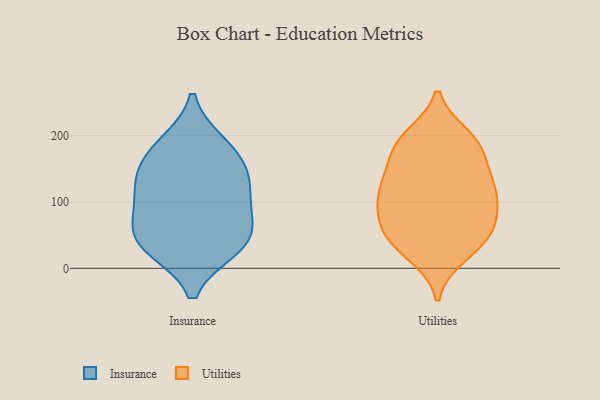
{"axis": {"x": "Gross Profit (USD K)", "y": "Value"}, "legend": ["Insurance", "Utilities"], "data": [{"x": "", "y": 174, "type": "Insurance"}, {"x": "", "y": 186, "type": "Insurance"}, {"x": "", "y": 124, "type": "Insurance"}, {"x": "", "y": 43, "type": "Insurance"}, {"x": "", "y": 36, "type": "Insurance"}, {"x": "", "y": 91, "type": "Insurance"}, {"x": "", "y": 149, "type": "Insurance"}, {"x": "", "y": 61, "type": "Insurance"}, {"x": "", "y": 32, "type": "Insurance"}, {"x": "", "y": 118, "type": "Insurance"}, {"x": "", "y": 187, "type": "Utilities"}, {"x": "", "y": 114, "type": "Utilities"}, {"x": "", "y": 191, "type": "Utilities"}, {"x": "", "y": 137, "type": "Utilities"}, {"x": "", "y": 61, "type": "Utilities"}, {"x": "", "y": 120, "type": "Utilities"}, {"x": "", "y": 86, "type": "Utilities"}, {"x": "", "y": 20, "type": "Utilities"}, {"x": "", "y": 188, "type": "Utilities"}, {"x": "", "y": 93, "type": "Utilities"}, {"x": "", "y": 127, "type": "Utilities"}, {"x": "", "y": 52, "type": "Utilities"}, {"x": "", "y": 58, "type": "Utilities"}, {"x": "", "y": 198, "type": "Utilities"}, {"x": "", "y": 29, "type": "Utilities"}, {"x": "", "y": 87, "type": "Utilities"}, {"x": "", "y": 41, "type": "Utilities"}, {"x": "", "y": 132, "type": "Utilities"}, {"x": "", "y": 170, "type": "Utilities"}]}